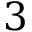
3